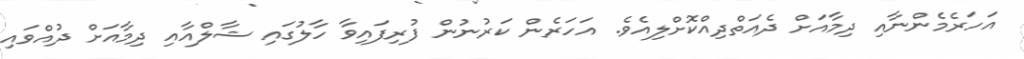
އަހަރެމެންނާއި ދިމާއަށް ދެއަތްދިއްކޮށްލިއެވެ. އަހަރެން ކަރުނުން ފުރިފައިވާ ހާލުގައި ޝާލްއާއި ދިމާއަށް ދުއްވައި